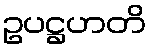
ဥပဋ္ဌဟတိ